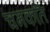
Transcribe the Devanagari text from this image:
चमकति